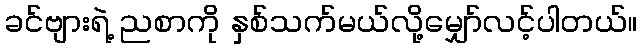
ခင်ဗျားရဲ့ ညစာကို နှစ်သက်မယ်လို့မျှော်လင့်ပါတယ်။